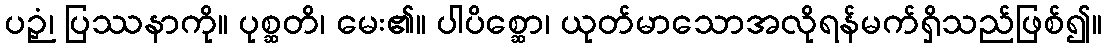
ပဉှံ၊ ပြဿနာကို။ ပုစ္ဆတိ၊ မေး၏။ ပါပိစ္ဆော၊ ယုတ်မာသောအလိုရန်မက်ရှိသည်ဖြစ်၍။